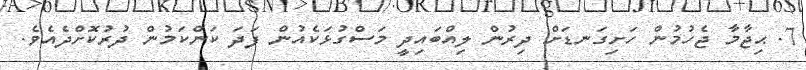
7. ޙިޖާމާ ޖެހުމުން ހަށިގަނޑަށް ދިރުން ލިއްބައިދީ މަސްގުޅަކެއުން ފަދަ ކަންކަމުން ދުރުކޮށްދެއެވެ.